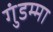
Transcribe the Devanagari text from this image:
गुंडम्मा